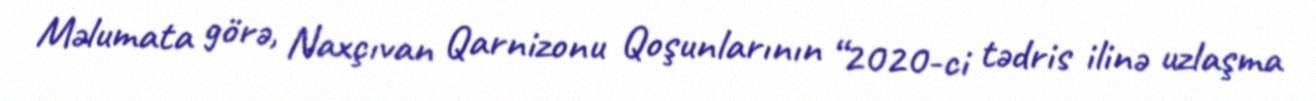
Məlumata görə, Naxçıvan Qarnizonu Qoşunlarının “2020-ci tədris ilinə uzlaşma